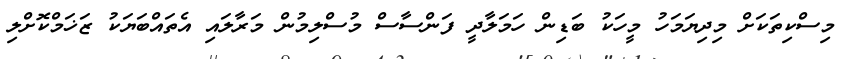
މިސްކިތަކަށް މިދިޔަމަހު މީހަކު ބަޑިން ހަމަލާދީ ފަންސާސް މުސްލިމުން މަރާލައި އެތައްބަޔަކު ޒަޚަމްކޮށްލި